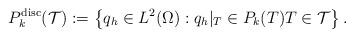
\begin{align*}{{P}}_k^{\mathrm{disc}}(\mathcal{T}):=\left\{q_h\in L^2(\Omega): q_h|_T\in P_k(T) T\in \mathcal{T}\right\}.\end{align*}